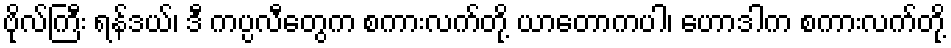
ဗိုလ်ကြီး ရန်ဒယ်၊ ဒီ ကပ္ပလီတွေက စကားလက်တို့ ယာတောကပါ၊ ဟောဒါက စကားလက်တို့